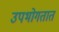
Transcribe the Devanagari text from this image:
उपभोगतात